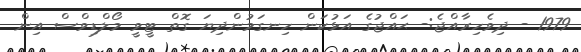
1979 - ދިވެހިރާއްޖެ:- ޙައްޖުގެ އަޅުކަން ހިނގަމުންދިޔަ ގޮތް ޓީވީ މޯލްޑިވްސް އިން